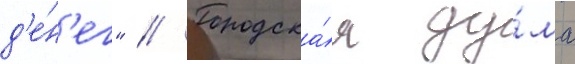
д'е́н'ег" // Городска́я ду́ма